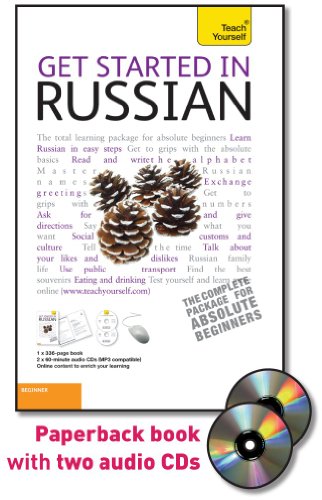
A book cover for Get Started in Russian with Two Audio CDs: A Teach Yourself Guide (Teach Yourself Language); Rachel Farmer; Travel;